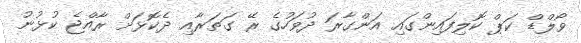
ވޯލްޑް ކަޕް ކޮލިފައިންގައި އަންގާރަ ދުވަހުގެ ރޭ ގަތަރާއި ދެކޮޅަށް ރާއްޖެ ކުޅުނު